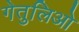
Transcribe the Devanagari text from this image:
गेतुलिओ